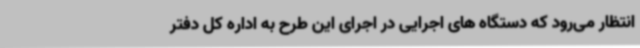
انتظار می‌رود که دستگاه های اجرایی در اجرای این طرح به اداره کل دفتر